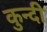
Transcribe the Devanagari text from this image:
कुन्दी